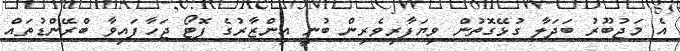
އެ މަޖުބޫރު ބަދަލާ ގުޅޭގޮތުން ވިޔަފާރިވެރިން ބުނީ އިންޒާރުގެ ފޮޓޯ ޖަހާފައިވާ ބްރޭންޑުތައް